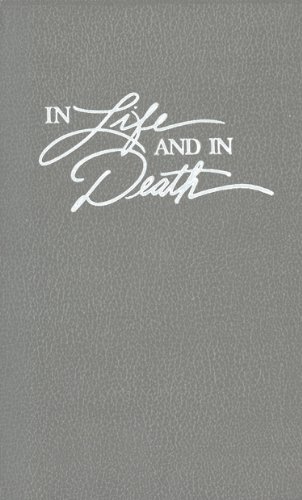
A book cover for In Life and in Death: A Pastoral Guide for Funerals; Leonard J. Vander Zee; Christian Books & Bibles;